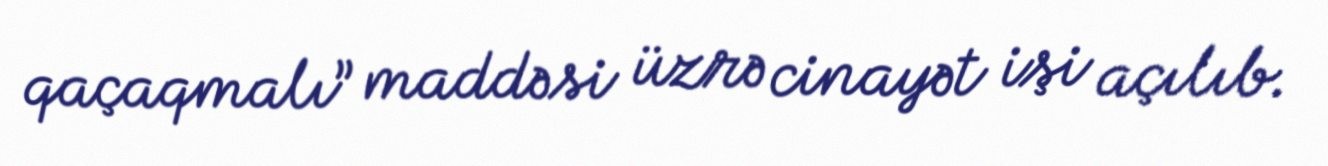
qaçaqmalı” maddəsi üzrə cinayət işi açılıb.